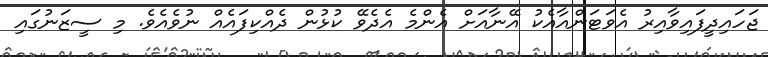
ޖަހައިދީފައިވާއިރު އެވަޓަންއާއެކު އޭނާއަށް އެންމެ އެދެވޭ ކުޅުން ދެއްކިފައެއް ނުވެއެވެ. މި ސީޒަނުގައި